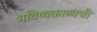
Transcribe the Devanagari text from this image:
भविष्यकाळाची